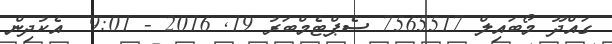
ގައްދޫ މޯބައިލް 7565517 ސެޕްޓެމްބަރު 19